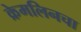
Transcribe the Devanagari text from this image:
क्रेमलिनचा